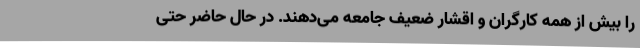
را بیش از همه کارگران و اقشار ضعیف جامعه می‌دهند. در حال حاضر حتی